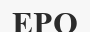
ЕРО